Vaccination report Assam 1874-1896 - 1874-1896
Year: 1874
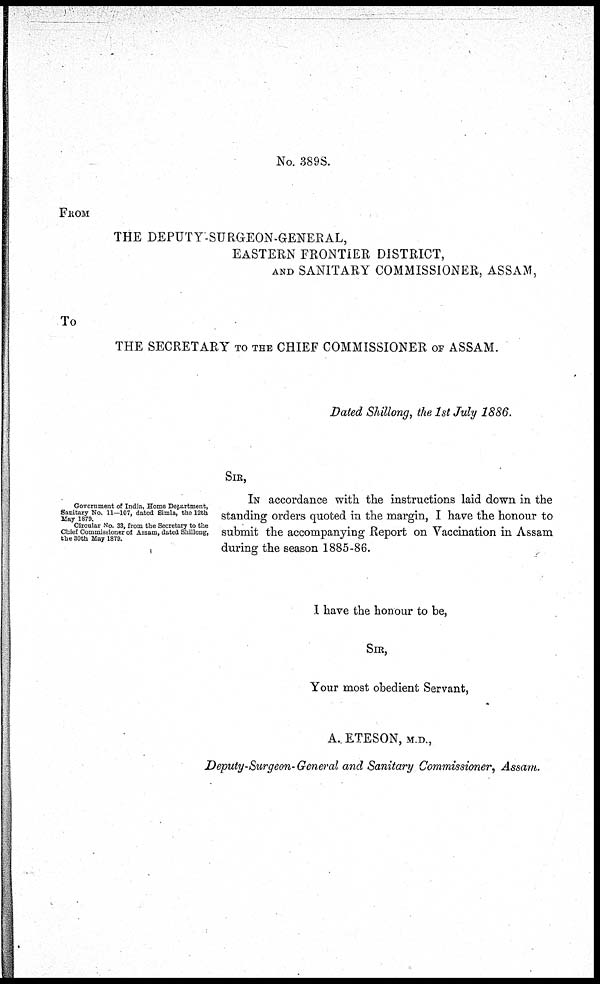
No. 389S.
FROM
THE DEPUTY-SURGEON-GENERAL,
EASTERN FRONTIER DISTRICT,
AND SANITARY COMMISSIONER, ASSAM,
To
THE SECRETARY TO THE CHIEF COMMISSIONER OF ASSAM.
Dated Shillong, the 1st July 1886.
SIR,
Government of India, Home Department,
Sanitary No. 11—107, dated Simla, the 12th
May 1879.
Circular No. 33, from the Secretary to the
Chief Commissioner of Assam, dated Shillong,
the 80th May 1879.
IN accordance with the instructions laid down in the
standing orders quoted in the margin, I have the honour to
submit the accompanying Report on Vaccination in Assam
during the season 1885-86.
I have the honour to be,
SIR,
Your most obedient Servant,
A. ETESON, M.D.,
Deputy-Surgeon-General and Sanitary Commissioner, Assam.